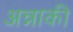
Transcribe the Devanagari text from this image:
अन्नाकी